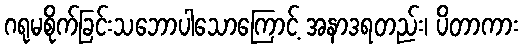
ဂရုမစိုက်ခြင်းသဘောပါသောကြောင့် အနာဒရတည်း၊ ပိတာကား